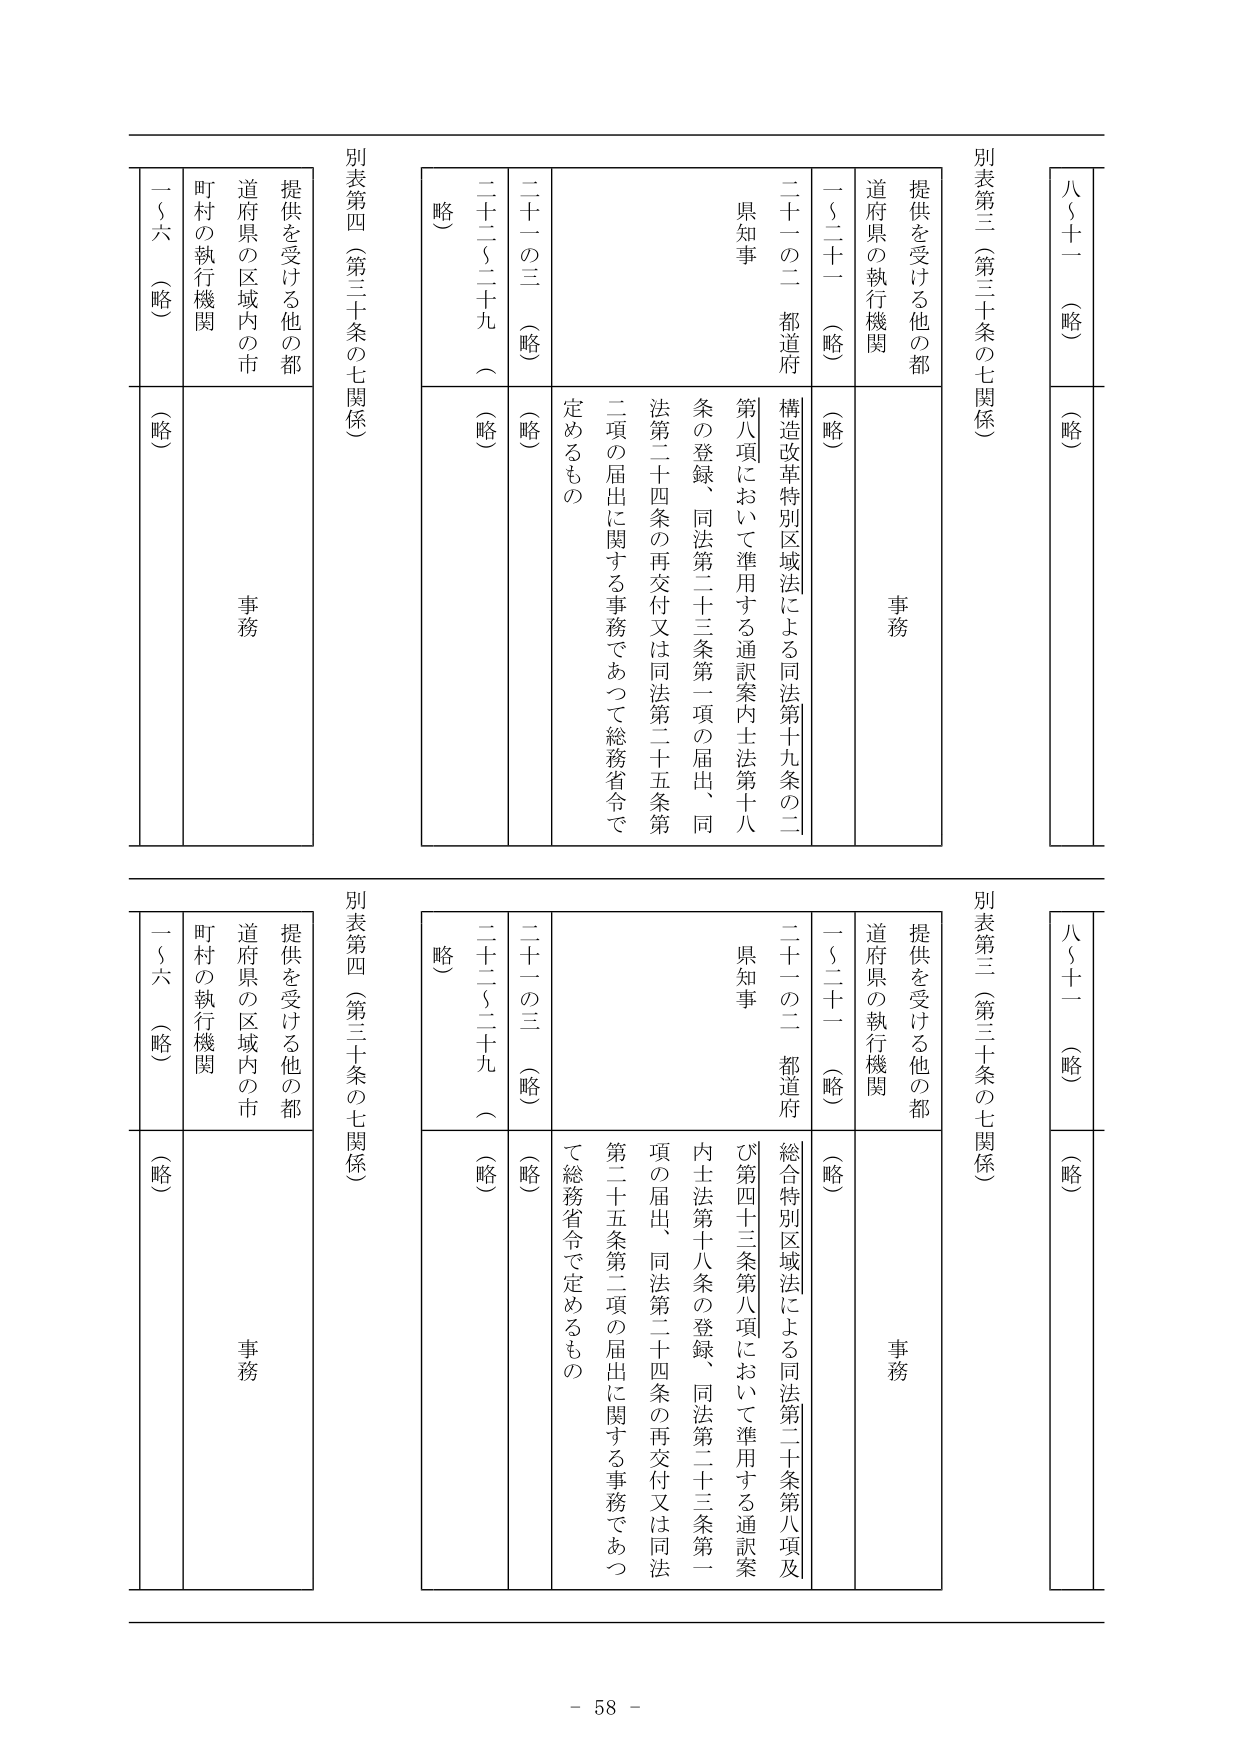
八～十一（略）
（略）

別表第三（第三十条の七関係）
提供を受ける他の都
道府県の執行機関
一～二十一（略）
（略）
二十一の二 都道府
構造改革特別区域法による同法第十九条の二
第八項において準用する通訳案内士法第十八条の登録、同法第二十三条第一項の届出、同法第二十四条の再交付又は同法第二十五条第二項の届出に関する事務であつて総務省令で定めるもの
県知事
事務

二十二～二十九（略）
（略）
（略）

別表第四（第三十条の七関係）
提供を受ける他の都
道府県の区域内の市
町村の執行機関
一～六（略）
（略）
事務

八～十一（略）
（略）

別表第三（第三十条の七関係）
提供を受ける他の都
道府県の執行機関
一～二十一（略）
（略）
二十一の二 都道府
総合特別区域法による同法第二十条第八項及び第四十三条第八項において準用する通訳案内士法第十八条の登録、同法第二十三条第一項の届出、同法第二十四条の再交付又は同法第二十五条第二項の届出に関する事務であつて総務省令で定めるもの
県知事
事務

二十二～二十九（略）
（略）
（略）

別表第四（第三十条の七関係）
提供を受ける他の都
道府県の区域内の市
町村の執行機関
一～六（略）
（略）
事務

- 58 -